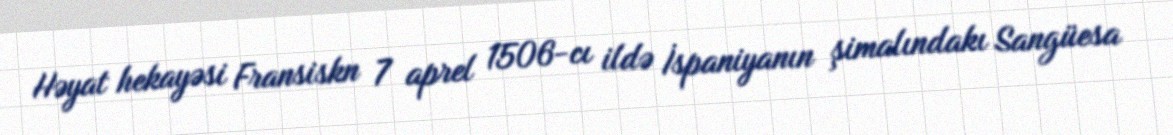
Həyat hekayəsi Fransiskn 7 aprel 1506-cı ildə İspaniyanın şimalındakı Sangüesa